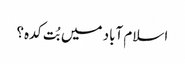
اسلام آباد میں بُت کدہ؟